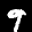
Label: 9